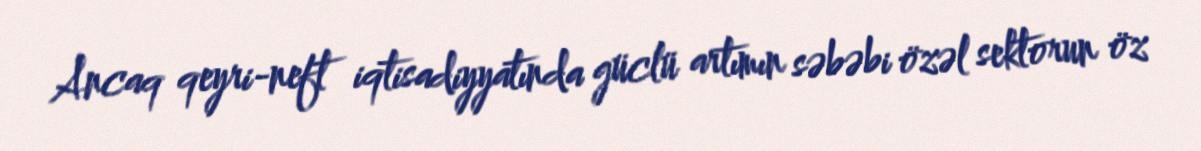
Ancaq qeyri-neft iqtisadiyyatında güclü artımın səbəbi özəl sektorun öz